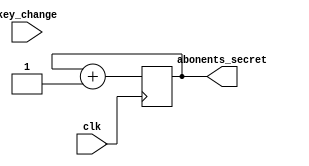
`timescale 10ns/1ns

module container_a(
	input wire key_change,
	input wire clk,
	output wire [3:0] abonents_secret
);

reg [3:0] secret = 4'b0;

always @(posedge clk)
		secret <= secret + 1'b1;	

assign abonents_secret = secret;

endmodule